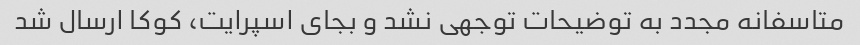
متاسفانه مجدد به توضیحات توجهی نشد و بجای اسپرایت، کوکا ارسال شد